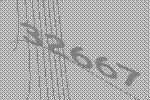
32667